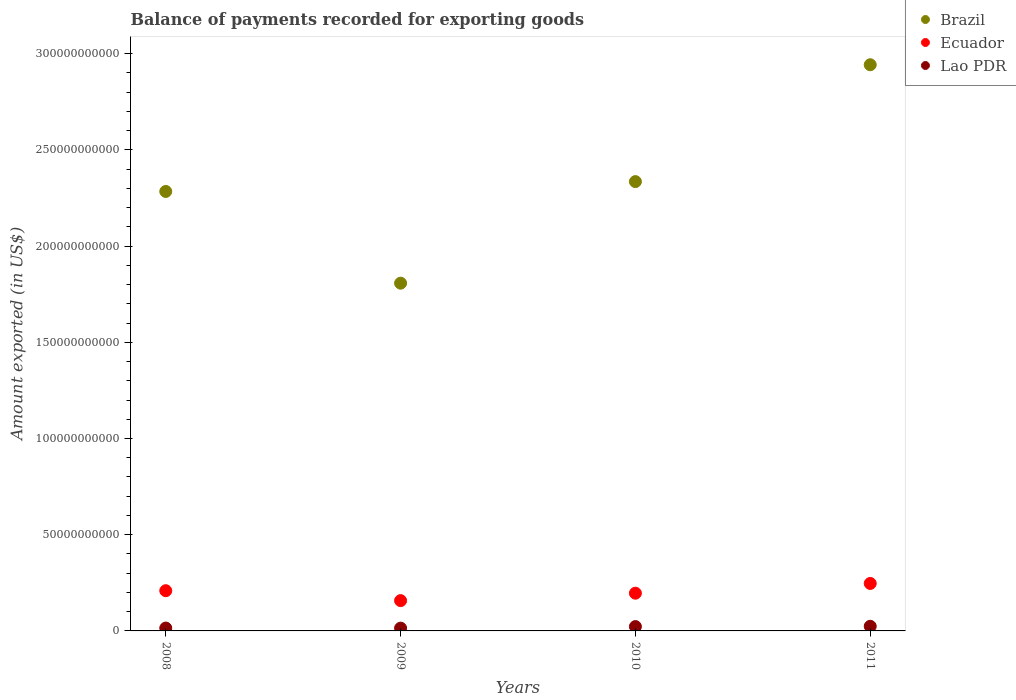
| Years | Brazil | Ecuador | Lao PDR |
 | --- | --- | --- | --- |
 | 2008 | 2.28e+11 | 2.09e+10 | 1.49e+09 |
 | 2009 | 1.81e+11 | 1.57e+10 | 1.45e+09 |
 | 2010 | 2.34e+11 | 1.96e+10 | 2.26e+09 |
 | 2011 | 2.94e+11 | 2.47e+10 | 2.4e+09 |